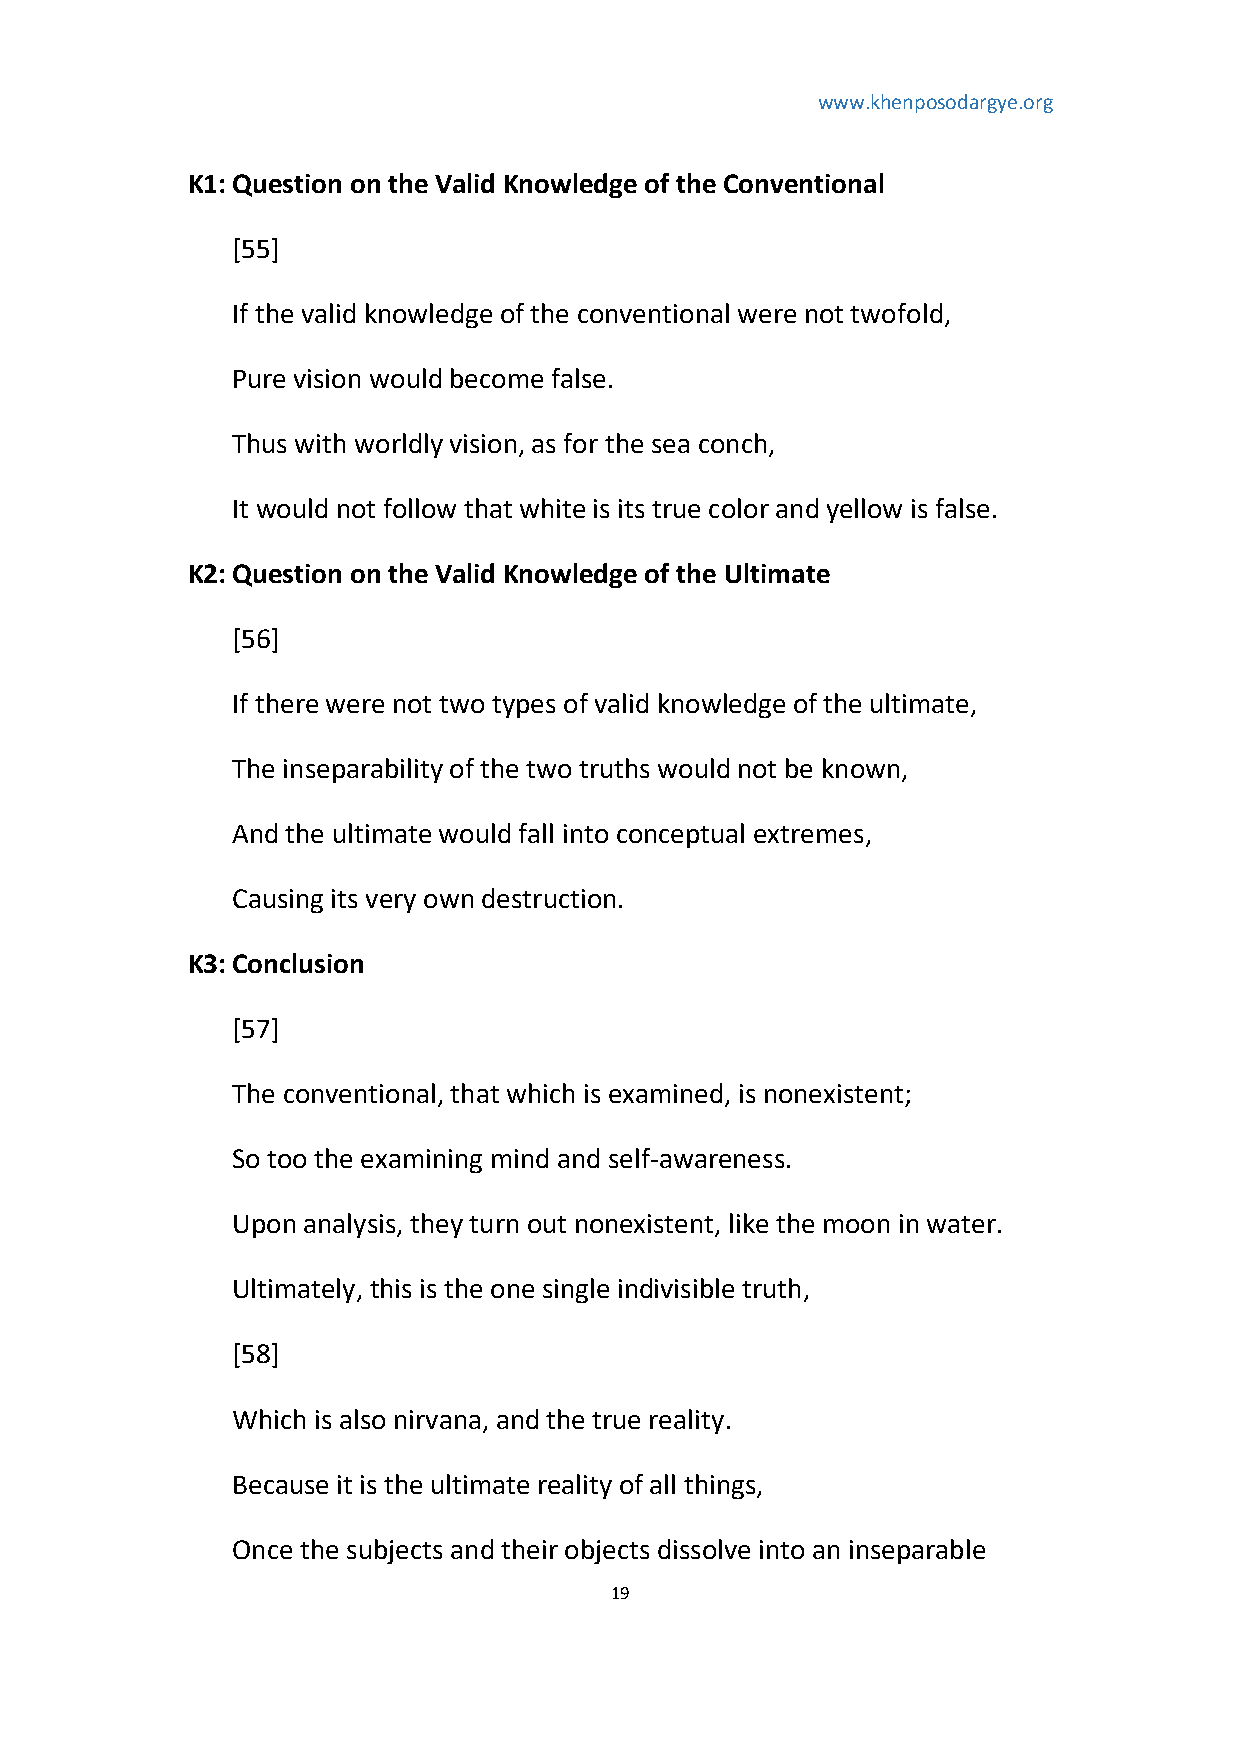
www.khenposodargye.org
 K1: Question on the Valid Knowledge of the Conventional
 [55]
 If the valid knowledge of the conventional were not twofold,
 Pure vision would become false.
 Thus with worldly vision, as for the sea conch,
 It would not follow that white is its true color and yellow is false.
 K2: Question on the Valid Knowledge of the Ultimate
 [56]
 If there were not two types of valid knowledge of the ultimate,
 The inseparability of the two truths would not be known,
 And the ultimate would fall into conceptual extremes,
 Causing its very own destruction.
 K3: Conclusion
 [57]
 The conventional, that which is examined, is nonexistent;
 So too the examining mind and self-awareness.
 Upon analysis, they turn out nonexistent, like the moon in water.
 Ultimately, this is the one single indivisible truth,
 [58]
 Which is also nirvana, and the true reality.
 Because it is the ultimate reality of all things,
 Once the subjects and their objects dissolve into an inseparable
 19